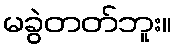
မခွဲတတ်ဘူး။